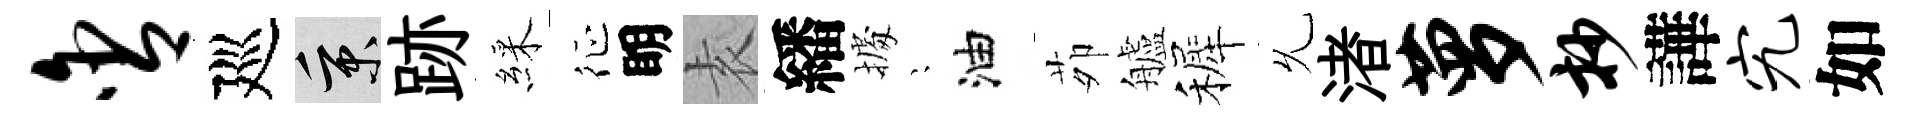
含廵秉跡綵征眀𡊮繙𢴃隠油茆艫裤𠃔渚萝抄譁究如